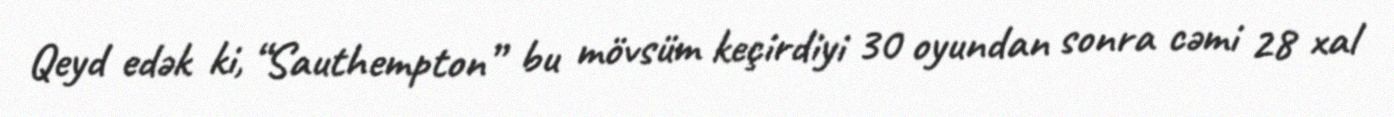
Qeyd edək ki, “Sauthempton” bu mövsüm keçirdiyi 30 oyundan sonra cəmi 28 xal